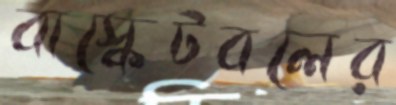
বাস্কেটবলের